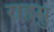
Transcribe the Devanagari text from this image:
राहसु